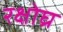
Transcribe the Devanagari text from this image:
रक्षोघ्र